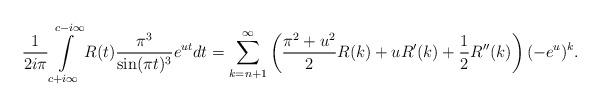
LaTeX: \begin{align*}\frac{1}{2i\pi}\int\limits_{c+i\infty}^{c-i\infty} R(t) \frac{\pi^3}{\sin(\pi t)^3}e^{u t}dt =\sum_{k=n+1}^\infty \left(\frac{\pi ^2+u^2}{2}R(k)+ uR'(k)+ \frac12R''(k)\right)(-e^u)^k.\end{align*}